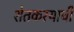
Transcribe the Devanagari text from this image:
शेतकरयाची